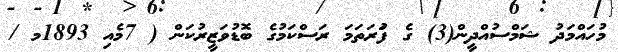
މުހައްމަދު ޝަމްސުއްދީން(3) ގެ ފުަރަތަމަ ރަސްކަމުގެ ބޮޑުވަޒީރުކަން ( 7މެއި 1893މ /